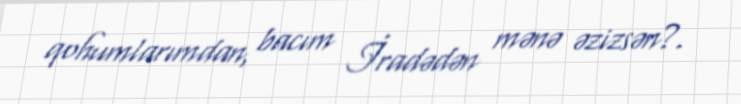
qohumlarımdan, bacım İradədən mənə əzizsən?.